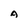
Character: a